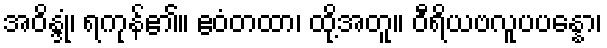
အဝိန္ဒုံ၊ ရကုန်၏။ ဧဝံတထာ၊ ထို့အတူ။ ဝီရိယဗလူပပန္နော၊